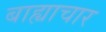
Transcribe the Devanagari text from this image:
बाह्याचार